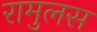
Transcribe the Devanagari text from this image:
रामुलस